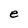
Character: e